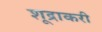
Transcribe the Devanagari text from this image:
शूद्राकरी